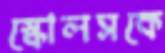
স্কোলসকে